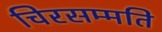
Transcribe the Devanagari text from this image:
चिरसम्मति